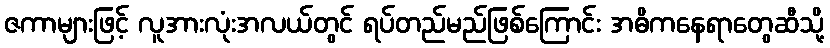
ဇကာများဖြင့် လူအားလုံးအလယ်တွင် ရပ်တည်မည်ဖြစ်ကြောင်း အဓိကနေရာတွေဆီသို့